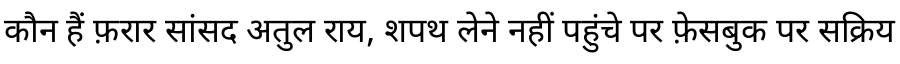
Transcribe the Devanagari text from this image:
कौन हैं फ़रार सांसद अतुल राय, शपथ लेने नहीं पहुंचे पर फ़ेसबुक पर सक्रिय